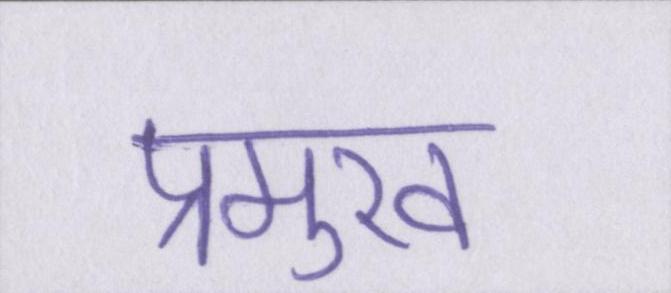
प्रमुख